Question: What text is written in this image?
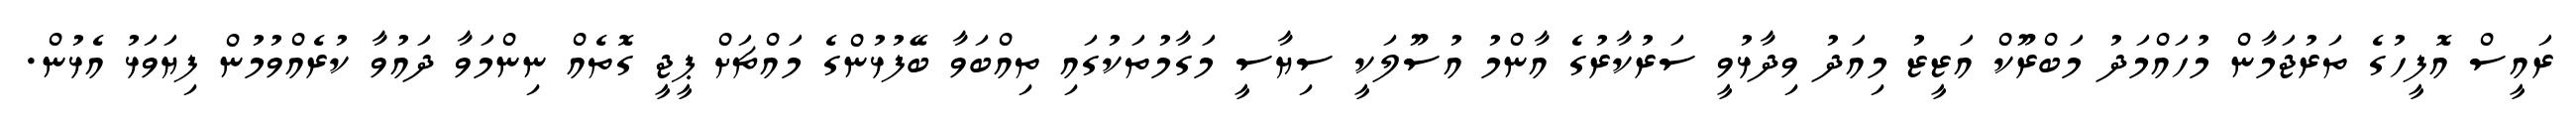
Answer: ރައީސް އޮފީހުގެ ތަރުޖަމާން މުހައްމަދު މަބްރޫކް އަޒީޒު މިއަދު ވިދާޅުވީ ސަރުކާރުގެ އާންމު އުސޫލަކީ ސިޔާސީ މަގާމުތަކުގައި ތިއްބަވާ ބޭފުޅުންގެ މައްޗަށް ޕީޖީ ގޮތެއް ނިންމަވާ ދައުވާ ކުރެއްވުމުން ފިޔަވަޅު އެޅުން.